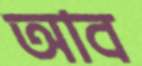
আব